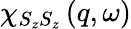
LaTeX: \chi_{S_{z}S_{z}}\left(q,\omega\right)